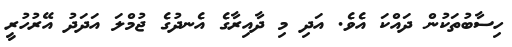
ހިސާބުތަކުން ދައްކަ އެވެ. އަދި މި ދާއިރާގެ އެނދުގެ ޖުމްލަ އަދަދު އޭރުހުރީ